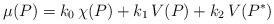
LaTeX: \begin{align*}\mu (P) = k_0 \, \chi (P) + k_1 \, V(P) + k_2 \, V(P^*)\end{align*}